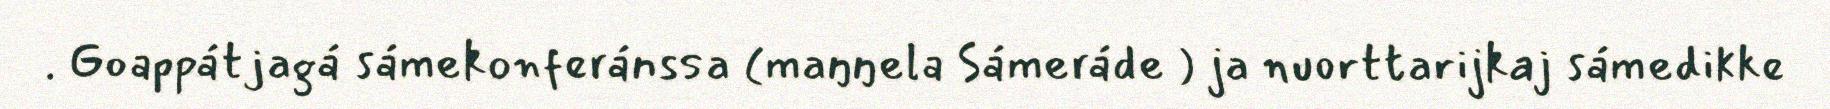
. Goappátjagá sámekonferánssa (maŋŋela Sámeráde ) ja nuorttarijkaj sámedikke